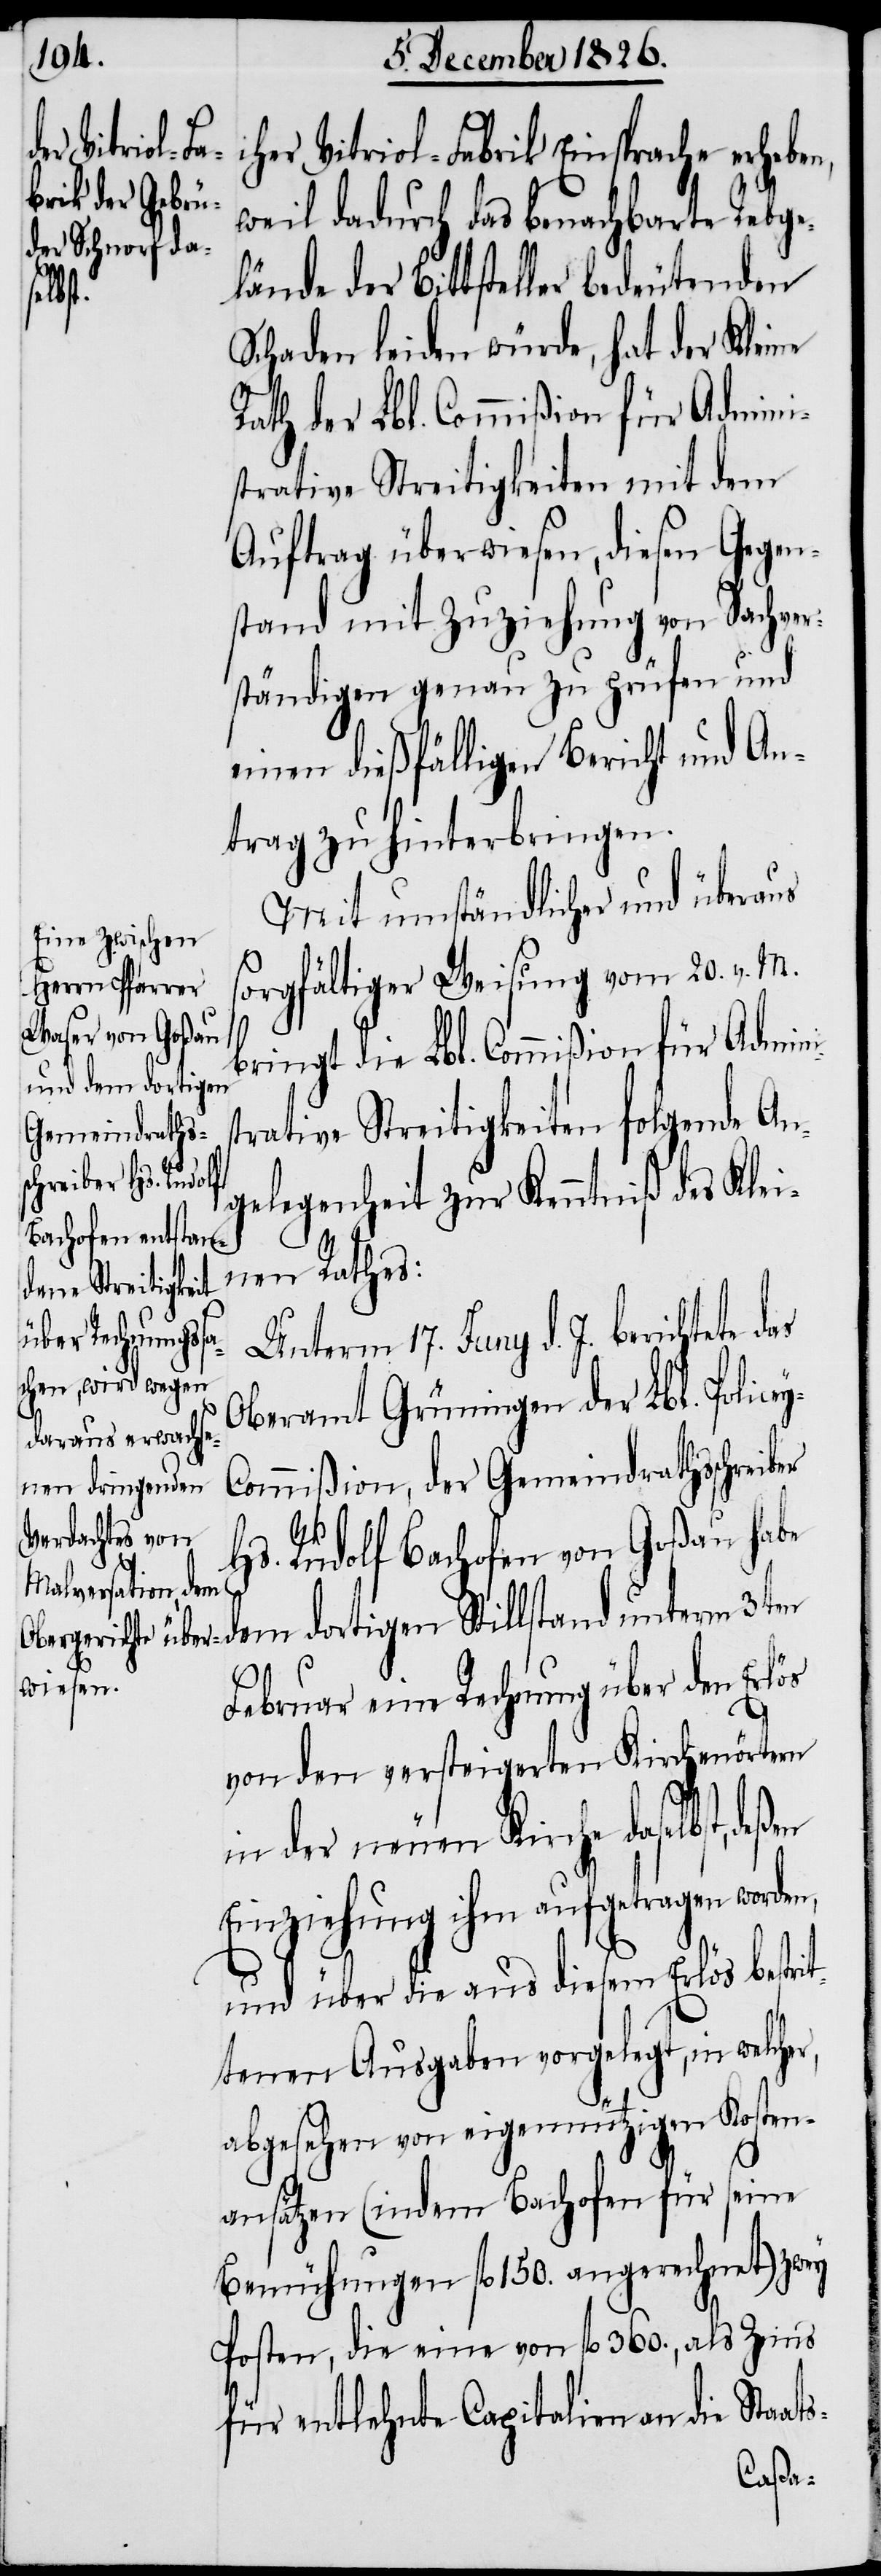
ey-C¬
hrer Vitriol-Fabrik Einsprache erheben,
weil dadurch das benachbarte Rebge¬
lände der Bittsteller bedeutenden
ats-
Schaden leiden würde, hat der Kleine
Rath der Lbl. Commißion für Admini¬
strative Streitigkeiten mit dem
Auftrag überwiesen, diesen Gegen¬
stand mit Zuziehung von Sachver¬
ständigen genau zu prüfen und
einen dießfälligen Bericht und An¬
trag zu hinterbringen.
Mit umständlicher und überaus
sorgfältiger Weisung vom 20. v. M.
bringt die Lbl. Commißion für Admin¬
trative Streitigkeiten folgende An¬
gelegenheit zur Kenntniß des Klei¬
nen Rathes:
Unterm 17. Juny d. J. berichtete das
Oberamt Grüningen der Lbl. Polic¬
ommißion, der Gemeindrathsschreiber
Hs. Rudolf Bachofen von Goßau hab¬
e dem dortigen Stillstand unterm 3ten
Februar eine Rechnung über den Erlös
von den versteigerten Kirchenörtern
in der neuen Kirche daselbst,
Einziehung ihm aufgetragen worden,
und über die aus diesem Erlös bestrit¬
tenen Ausgaben vorgelegt, in welcher,
abgesehen von eigennützigen Kosten¬
ansätzen (indem Bachofen für seine
Bemühungen fl. 150. angerechnet) zwey
Posten, die eine von fl. 360., als Zins
für entlehnte Capitalien an die Sta¬